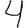
Digit: 4